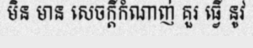
មិន មាន សេចក្តីកំណាញ់ គួរ ធ្វើ នូវ